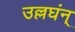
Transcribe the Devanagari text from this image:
उल्लघंन्